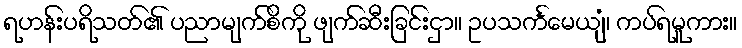
ရဟန်းပရိသတ်၏ ပညာမျက်စိကို ဖျက်ဆီးခြင်းငှာ။ ဥပသင်္ကမေယျံ၊ ကပ်ရမူကား။